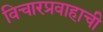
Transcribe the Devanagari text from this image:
विचारप्रवाहाची